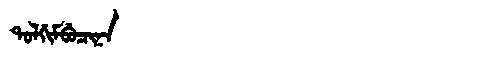
Manchu: ᡨᠣᠯᡤᡳᠮᠪᡠᠴᡳᠨᠠ
Romanization: TOLGIMBUCINA